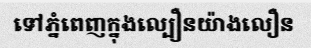
ទៅភ្នំពេញក្នុងល្បឿនយ៉ាងលឿន